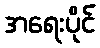
အရေးပိုင်